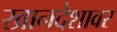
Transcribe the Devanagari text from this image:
खानदेशावर